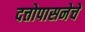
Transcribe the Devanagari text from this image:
दत्तोपासनेचें